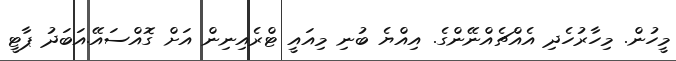
މީހުން. މިހާރުހެދި އެއްޗެއްނޭންގެ. އިއްޔެ ބުނި މިއައީ ޓްރެއިނިން އަށް ގޮއްސައޭ.އަބަދު ޕާޓީ